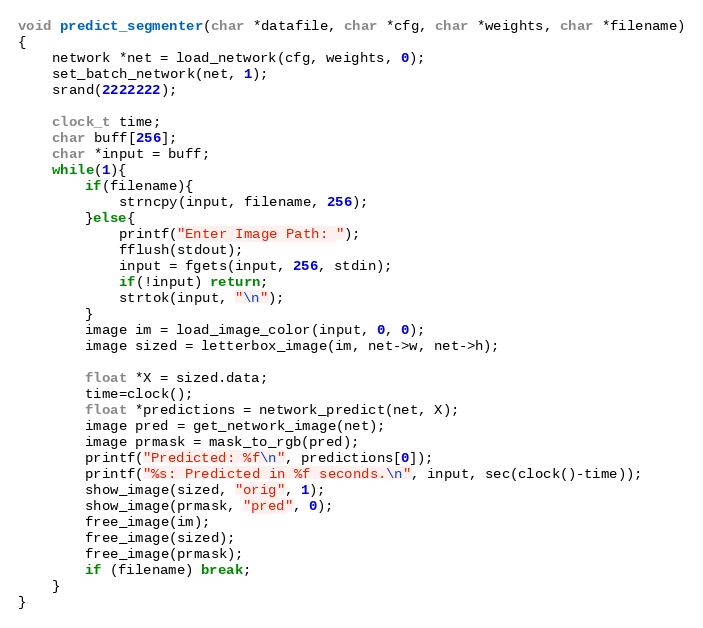
Language: C
void predict_segmenter(char *datafile, char *cfg, char *weights, char *filename)
{
    network *net = load_network(cfg, weights, 0);
    set_batch_network(net, 1);
    srand(2222222);

    clock_t time;
    char buff[256];
    char *input = buff;
    while(1){
        if(filename){
            strncpy(input, filename, 256);
        }else{
            printf("Enter Image Path: ");
            fflush(stdout);
            input = fgets(input, 256, stdin);
            if(!input) return;
            strtok(input, "\n");
        }
        image im = load_image_color(input, 0, 0);
        image sized = letterbox_image(im, net->w, net->h);

        float *X = sized.data;
        time=clock();
        float *predictions = network_predict(net, X);
        image pred = get_network_image(net);
        image prmask = mask_to_rgb(pred);
        printf("Predicted: %f\n", predictions[0]);
        printf("%s: Predicted in %f seconds.\n", input, sec(clock()-time));
        show_image(sized, "orig", 1);
        show_image(prmask, "pred", 0);
        free_image(im);
        free_image(sized);
        free_image(prmask);
        if (filename) break;
    }
}